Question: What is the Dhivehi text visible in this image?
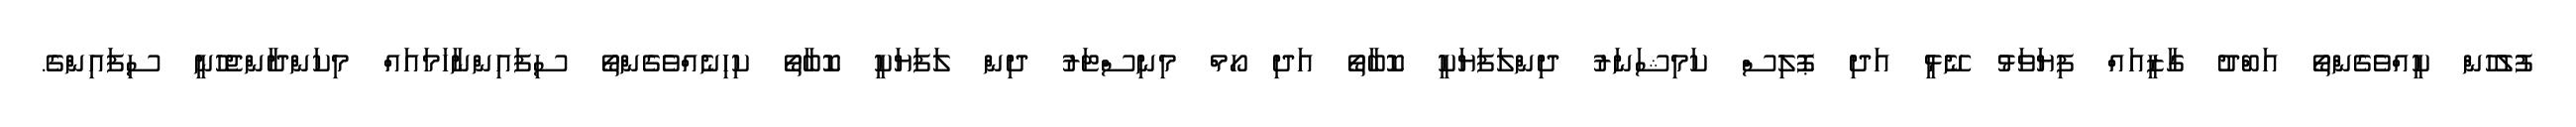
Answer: ފުލުހުން ކީއްވެގެންތޯ އަބްދު ގާޒީއައް ފިޔަވަޅު ނޭޅީ އަދި ޕޮލިސް ކަމިޝަނަރު ދިންލަފަޔަކީ ކޮބާތޯ އަދި ހޯމް މިނިސްޓަރު ދިން ލަފަޔަކީ ކޮބާތޯ ކިހިނެއްވެގެންތޯ ސިފައިންނާހަމައައް މިކަންދާންޖެހުނީ ސިފައިންގެ.